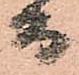
而